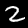
Digit: 2